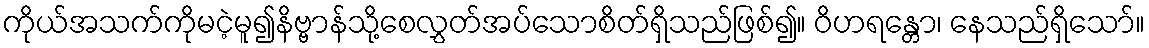
ကိုယ်အသက်ကိုမငဲ့မူ၍နိဗ္ဗာန်သို့စေလွှတ်အပ်သောစိတ်ရှိသည်ဖြစ်၍။ ဝိဟရန္တော၊ နေသည်ရှိသော်။